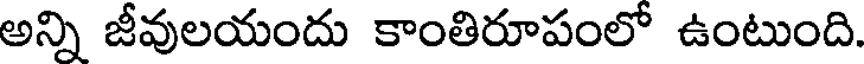
అన్ని జీవులయందు కాంతిరూపంలో ఉంటుంది.